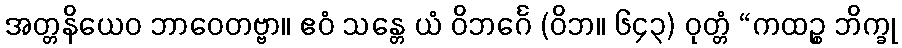
အတ္တနိယေဝ ဘာဝေတဗ္ဗာ။ ဧဝံ သန္တေ ယံ ဝိဘင်္ဂေ (ဝိဘ။ ၆၄၃) ဝုတ္တံ “ကထဉ္စ ဘိက္ခု